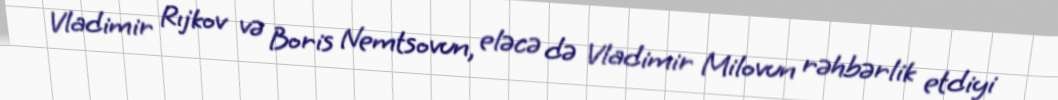
Vladimir Rıjkov və Boris Nemtsovun, eləcə də Vladimir Milovun rəhbərlik etdiyi